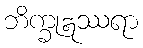
ဘိက္ခုဣဿရာ